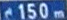
150m